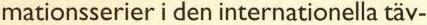
mationsserier i den internationella täv-